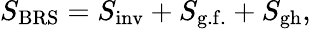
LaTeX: S_{\mathrm{BRS}}=S_{\mathrm{inv}}+S_{\mathrm{g.f.}}+S_{\mathrm{gh}},